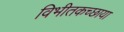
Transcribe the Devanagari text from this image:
विभीतकच्छाया